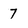
Character: 7